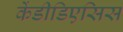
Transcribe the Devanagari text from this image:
केंडीडिएसिस